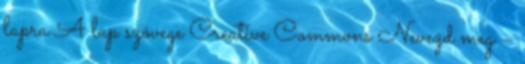
lapra A lap szövege Creative Commons Nevezd meg –